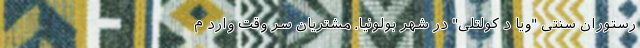
رستوران سنتی "ویا د کولتلی" در شهر بولونیا. مشتریان سر وقت وارد م